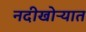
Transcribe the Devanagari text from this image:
नदीखोऱ्यात